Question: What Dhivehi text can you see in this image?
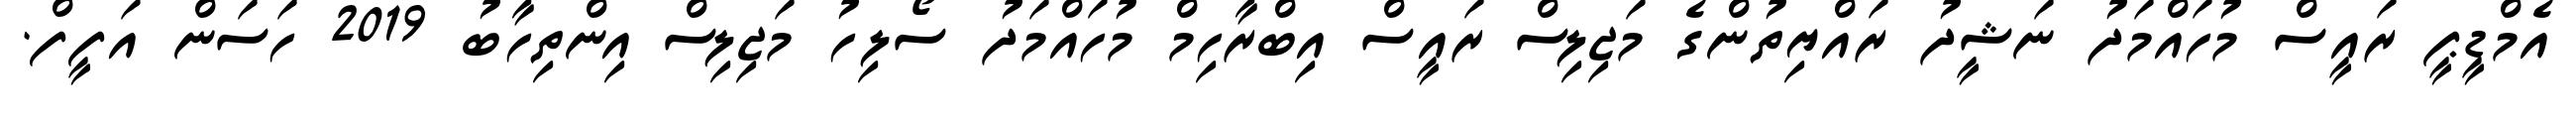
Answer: އެމްޑީޕީ ރައީސް މުހައްމަދު ނަޝީދު ރައްޔިތުންގެ މަޖިލިސް ރައީސް އިބްރާހިމް މުހައްމަދު ސޯލިހު މަޖިލިސް އިންތިހާބު 2019 ހަސަން އަފީފް.